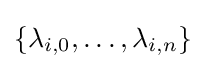
\{\lambda _{i,0},\dots ,\lambda _{i,n}\}